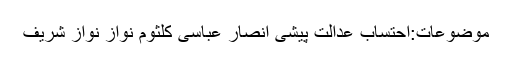
موضوعات:احتساب عدالت پیشی انصار عباسی کلثوم نواز نواز شریف